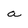
Character: a